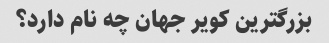
بزرگترین کویر جهان چه نام دارد؟